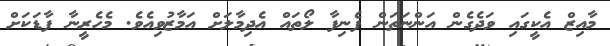
މާއިޒް އެކީގައި ވަދެގެން އަންނަތަން ފެނިފާ ލޯތައް އެދިމާލަށް އަމާޒުވިއެވެ. މެހެރީނާ ފާޑަކަށް